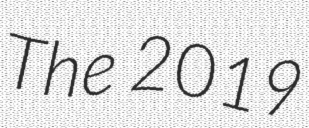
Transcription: The 2019